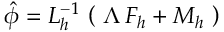
\hat { \phi } = L _ { h } ^ { - 1 } \, \left( \, \, \Lambda \, F _ { h } + M _ { h } \, \, \right)